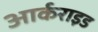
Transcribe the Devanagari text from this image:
आर्कराइड